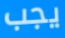
يجب